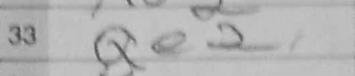
Transcription: Qe2